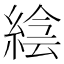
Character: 𦁌